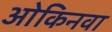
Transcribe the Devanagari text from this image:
ओकिनवा